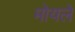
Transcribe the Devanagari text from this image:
मोयले